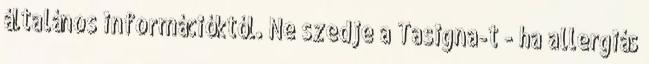
általános információktól. Ne szedje a Tasigna-t - ha allergiás